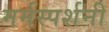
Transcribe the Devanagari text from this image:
मर्मस्पर्शनी